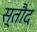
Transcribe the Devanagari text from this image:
स्तौद